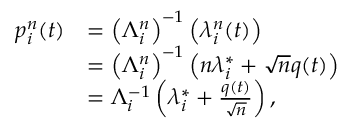
\begin{array} { r l } { p _ { i } ^ { n } ( t ) } & { = \left( \Lambda _ { i } ^ { n } \right) ^ { - 1 } \left( \lambda _ { i } ^ { n } ( t ) \right) } \\ & { = \left( \Lambda _ { i } ^ { n } \right) ^ { - 1 } \left( n \lambda _ { i } ^ { * } + \sqrt { n } q ( t ) \right) } \\ & { = \Lambda _ { i } ^ { - 1 } \left( \lambda _ { i } ^ { * } + \frac { q ( t ) } { \sqrt { n } } \right) , } \end{array}